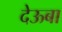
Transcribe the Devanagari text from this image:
देऊबा